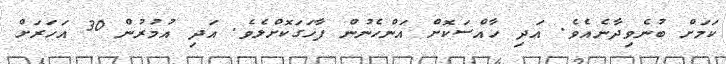
ކަމަށް ބުނެވިދާނެއެވެ. އަދި ހާއްސަކޮށް އަންހެނުން ފާހަގަކޮށްލެވެ. އަދި އުމުރުން 30 އަހަރަށް